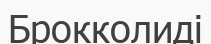
Брокколиді